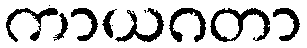
ကာယဂတာ